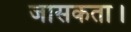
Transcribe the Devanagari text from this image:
जासकता।